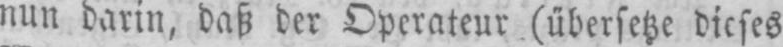
nun darin, daß der Operateur (übersetze dieses